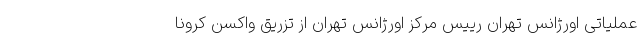
عملیاتی اورژانس تهران رییس مرکز اورژانس تهران از تزریق واکسن کرونا